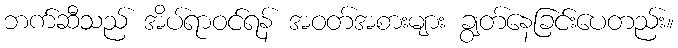
ဘက်ဆီသည် အိပ်ရာဝင်ရန် အဝတ်အစားများ ချွတ်နေခြင်းပေတည်း။